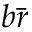
b { \bar { r } }